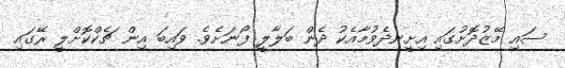
ސައި މޭޒުދޮށުގައި އިށީނދެވުމާއެކު ދެން ބަލާލީ ފޯނަށެވެ. ވައިބަ އިން ޗެކްކޮށްލީ ރޭގައި